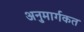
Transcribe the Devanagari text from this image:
अनुमार्गकत